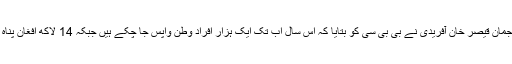
پشاور میں یو این ایچ سی آر کے ترجمان قیصر خان آفریدی نے بی بی سی کو بتایا کہ اس سال اب تک ایک ہزار افراد وطن واپس جا چکے ہیں جبکہ 14 لاکھ افغان پناہ گزین اب بھی پاکستان میں مقیم ہیں۔